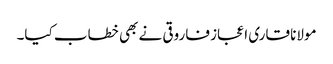
مولانا قاری اعجاز فاروقی نے بھی خطاب کیا۔